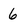
Character: 6